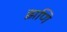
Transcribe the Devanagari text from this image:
झणि